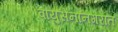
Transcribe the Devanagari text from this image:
वायुसेनानगरात